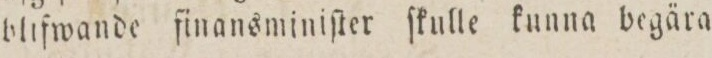
blifwande finansminiſter ſkulle kunna begära